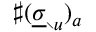
\sharp ( \underline { { \sigma } } _ { \setminus u } ) _ { a }